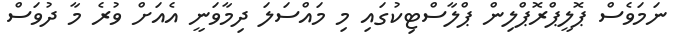
ނަމަވެސް ޕޮލީޕްރޮޕްލިން ޕްލާސްޓިކުގައި މި މައްސަލަ ދިމާވަނީ އެއަށް ވުރެ މާ ދުވަސް